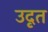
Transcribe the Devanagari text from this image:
उदृत